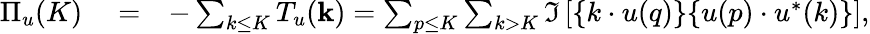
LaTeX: \begin{array}{rlr}{\Pi_{u}(K)}&{{}=}&{-\sum_{k\le K}T_{u}({\mathbf k})=\sum_{p\le K}\sum_{k>K}\Im\left[{\mathbf\{ k\cdot u(q)\} \{ u(p)\cdot u^{*}(k)\} }\right],}\end{array}